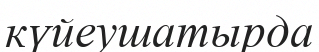
күйеушатырда